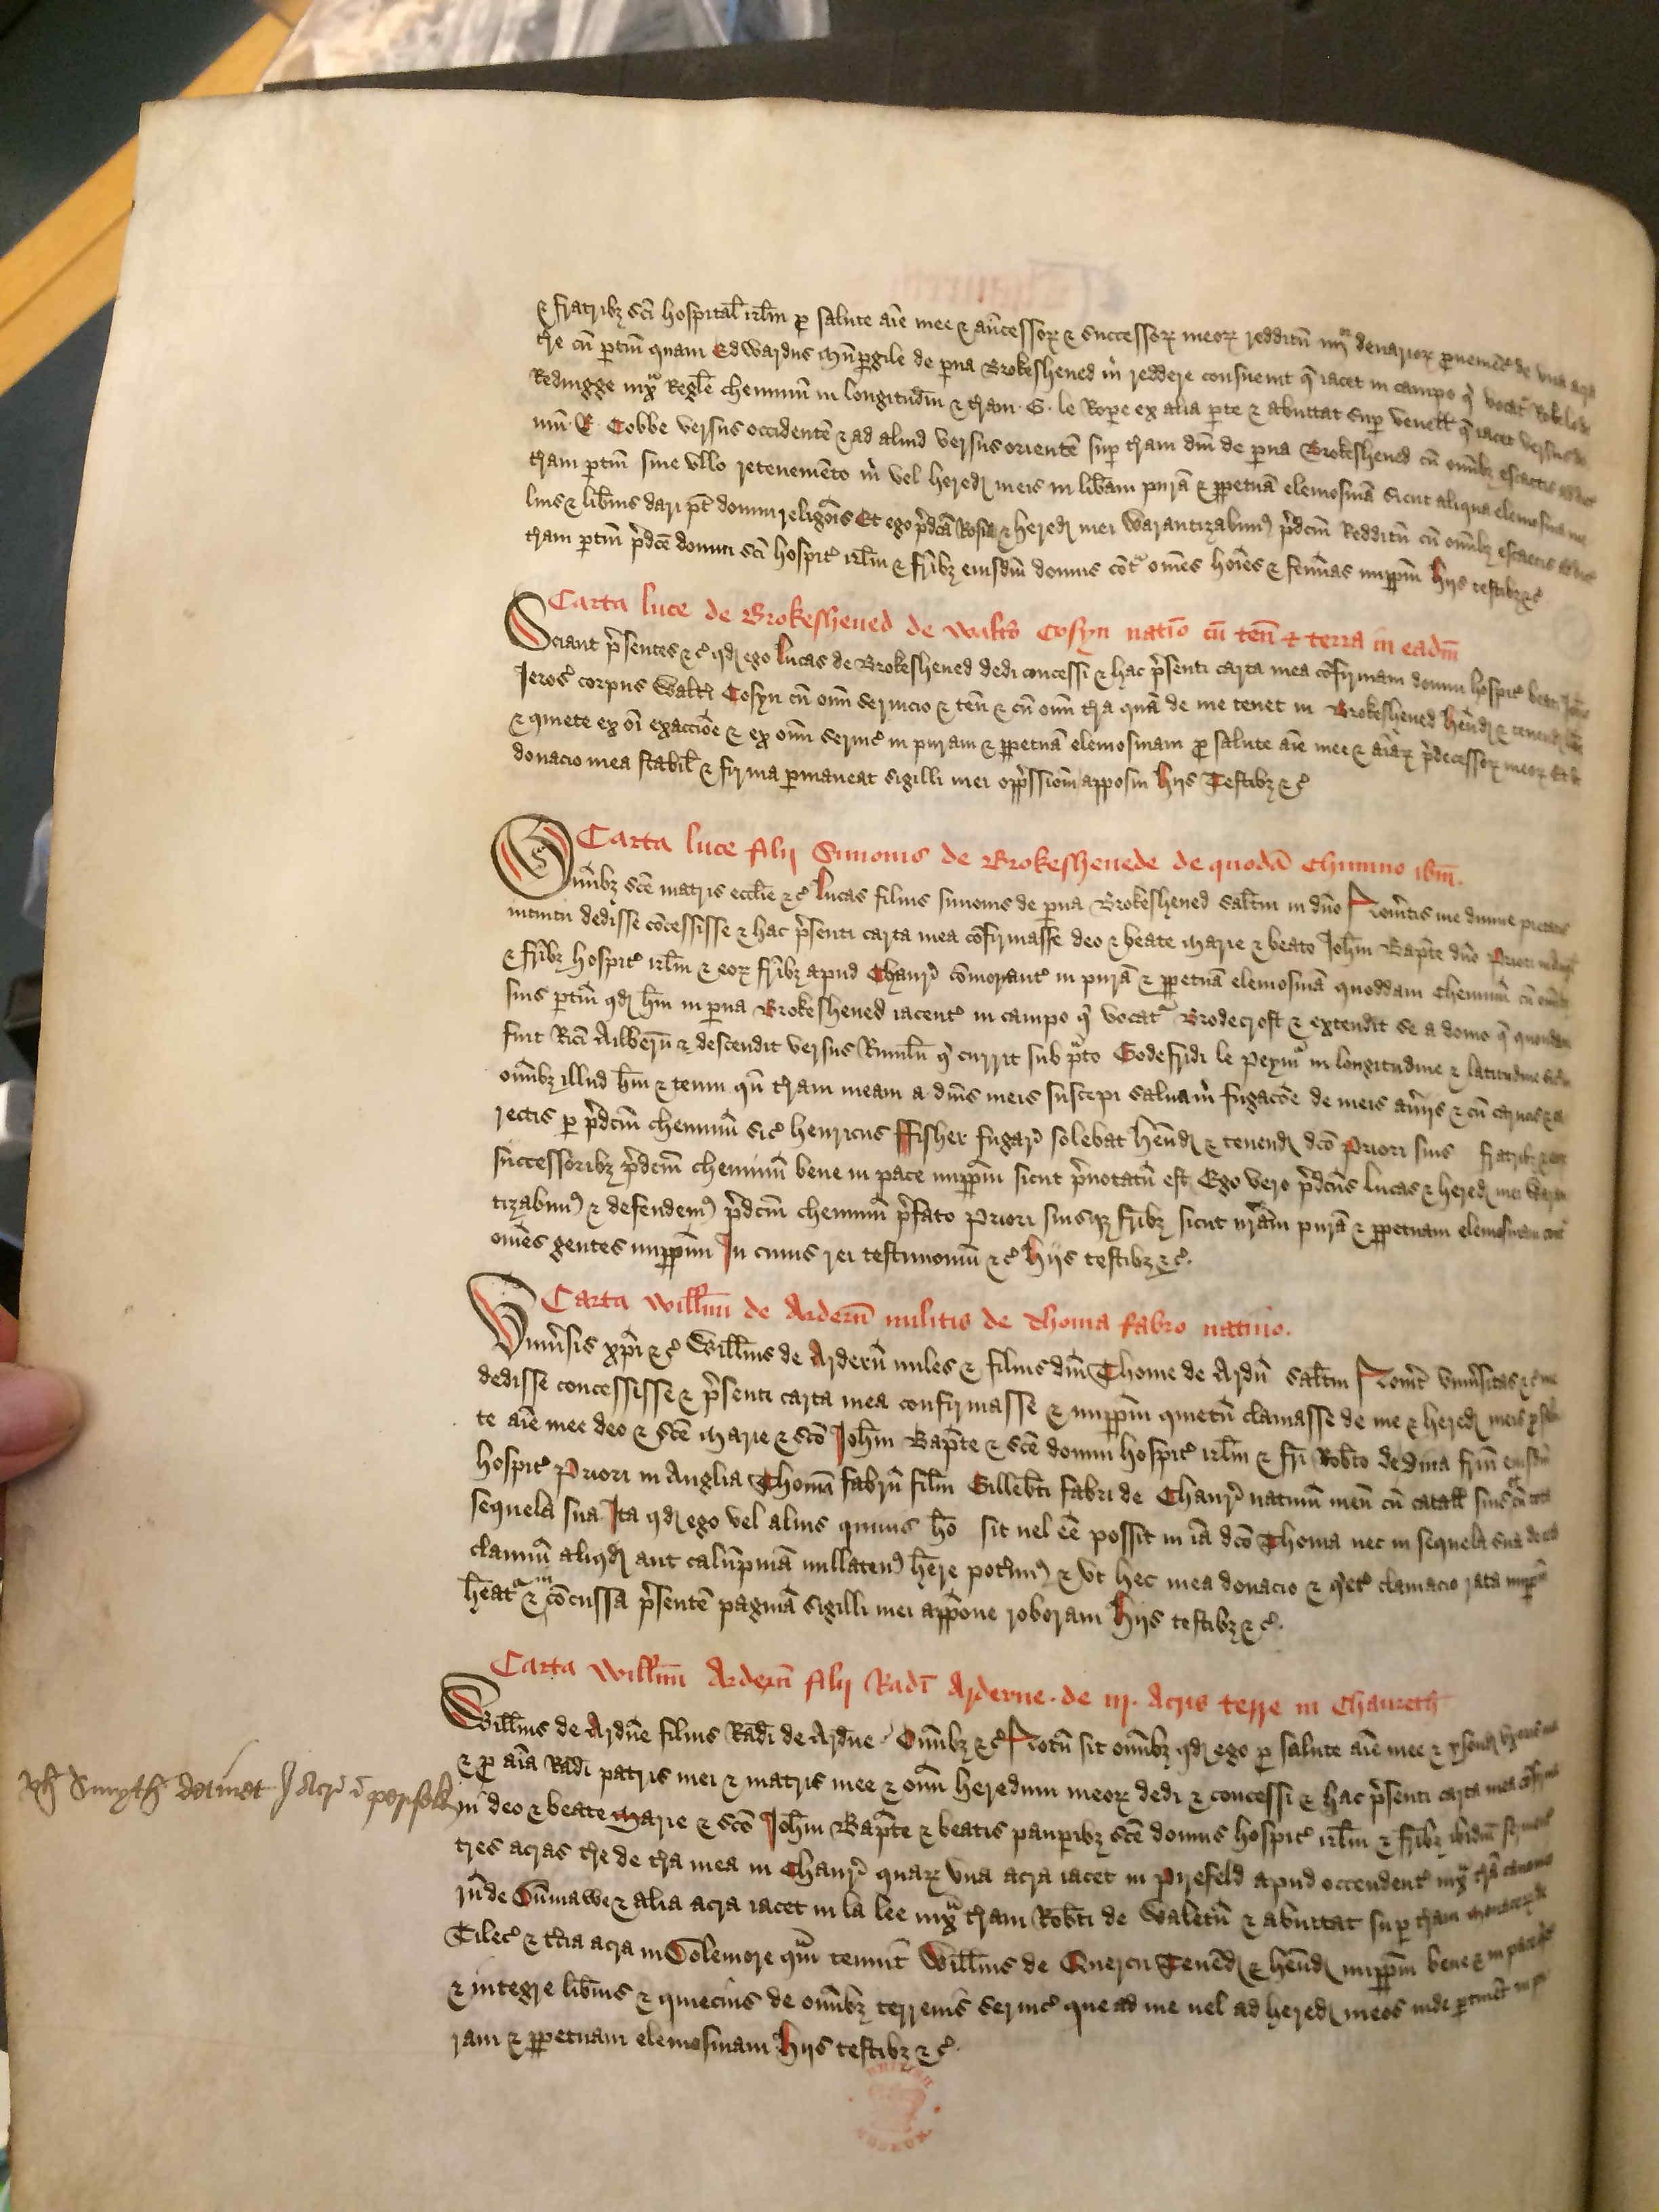
Shelfmark: London, British Library, Nero E VI
Century: 15